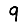
Digit: 9